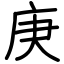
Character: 庚